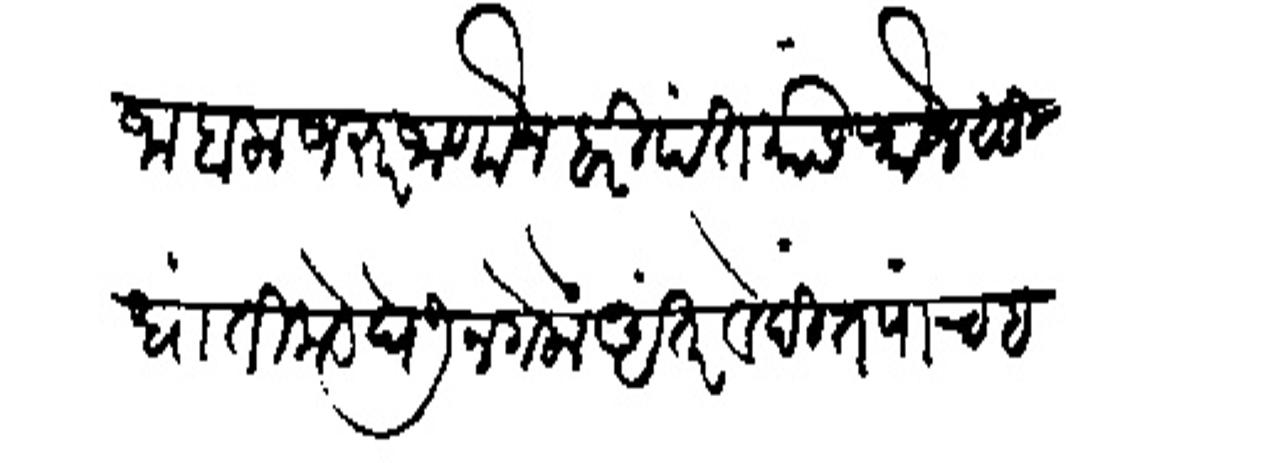
Transliteration (Devanagari): जाहाला जरूर जाणोन हरिपंत यांसी फौजसुधा तिकडे धेऊन गेलों अंतरवेदींत पांच हजार